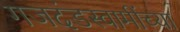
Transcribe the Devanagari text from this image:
गजदंडस्वामींच्या